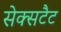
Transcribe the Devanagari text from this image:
सेक्सटैट